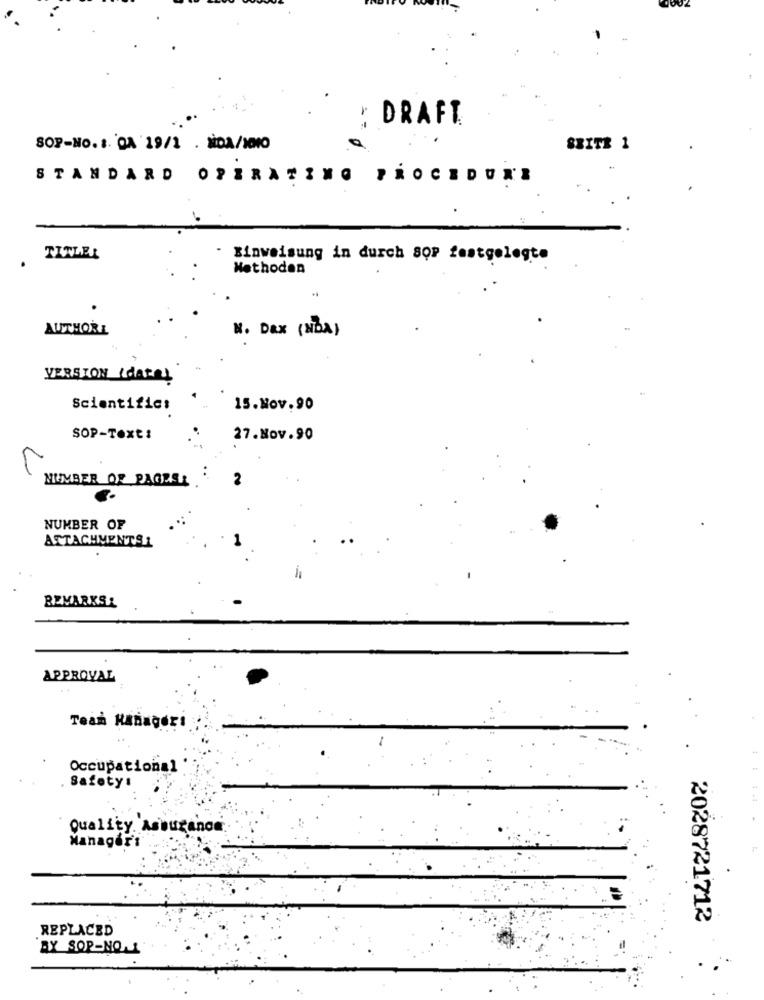
Y DRAFT
SOP-NO. 1. OA '19/1 . NDA/1010
SBITZ 1
STANDARD OPERATING PROCEDURE
TITLE:
Einweisung in durch SOP festgelegte
Methoden
AUTHORI
W. Dax (NDA)
VERSION (dates
Scientific:
15.Nov.90
SOP-Text:
27.Nov.90
L
NUMBER OF PAGES:
2
NUMBER OF
ATTACHMENTS1
REMARKS&
APPROVAL
Tean Hanagerı
Occupational
Safety:
Quality. A
Y. Assurance
Manager'ı
2028721712
REPLACED
BY SOP -NO.